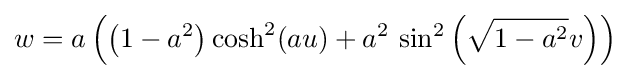
w={a\left(\left(1-a^{2}\right)\cosh ^{2}(au)+a^{2}\,\sin ^{2}\left({\sqrt {1-a^{2}}}v\right)\right)}